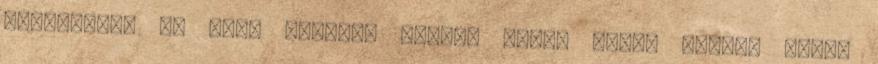
képzellek, és akit álmodok beléd. Olyan vagy, akinek látni